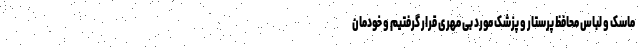
ماسک و لباس محافظ پرستار و پزشک مورد بی مهری قرار گرفتیم و خودمان